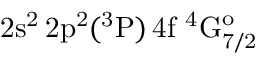
\mathrm { 2 s ^ { 2 } \, 2 p ^ { 2 } ( ^ { 3 } P ) \, 4 f ~ ^ { 4 } G _ { 7 / 2 } ^ { o } }